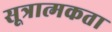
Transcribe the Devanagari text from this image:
सूत्रात्मकता